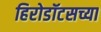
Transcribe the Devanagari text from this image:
हिरोडॉटसच्या